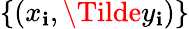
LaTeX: \{ (x_{\mathbf{i}},\Tilde{y}_{\mathbf{i}})\}